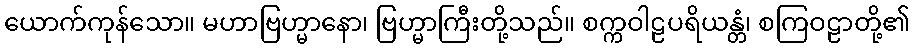
ယောက်ကုန်သော။ မဟာဗြဟ္မာနော၊ ဗြဟ္မာကြီးတို့သည်။ စက္ကဝါဠပရိယန္တံ၊ စကြဝဠာတို့၏